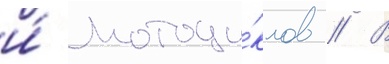
и́ мотоци́клов // В